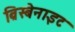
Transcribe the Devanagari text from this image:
ब्रिस्बेनाइट